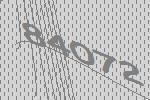
84072